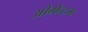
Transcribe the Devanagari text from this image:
ओमेन्टम